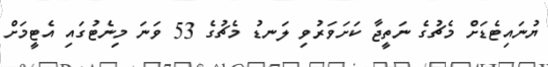
ޔުނައިޓެޑަށް މެޗުގެ ނަތީޖާ ކަށަވަރުވި ލަނޑު މެޗުގެ 53 ވަނަ މިނެޓުގައި އެޓީމަށް